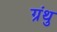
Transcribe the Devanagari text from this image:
ग्रंथु